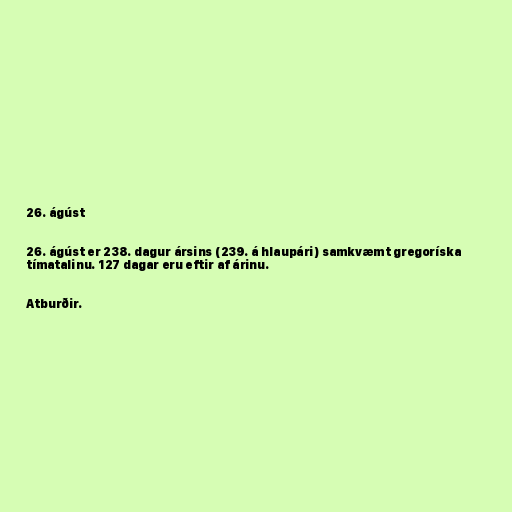
26. ágúst

26. ágúst er 238. dagur ársins (239. á hlaupári) samkvæmt gregoríska
tímatalinu. 127 dagar eru eftir af árinu.

Atburðir.